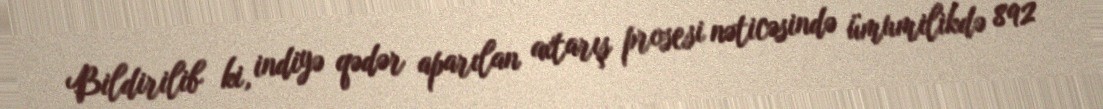
Bildirilib ki, indiyə qədər aparılan axtarış prosesi nəticəsində ümumilikdə 892